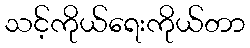
သင့်ကိုယ်ရေးကိုယ်တာ